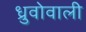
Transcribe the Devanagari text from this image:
ध्रुवोवाली